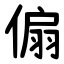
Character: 傓